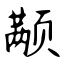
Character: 颟